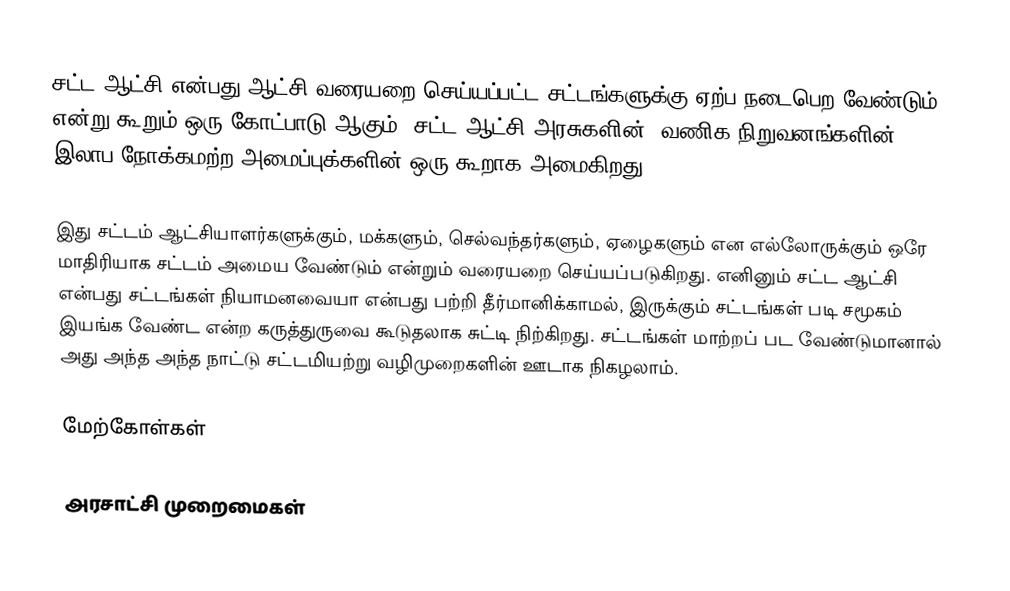
சட்ட ஆட்சி என்பது ஆட்சி வரையறை செய்யப்பட்ட சட்டங்களுக்கு ஏற்ப நடைபெற வேண்டும் என்று கூறும் ஒரு கோட்பாடு ஆகும்.  சட்ட ஆட்சி அரசுகளின், வணிக நிறுவனங்களின், இலாப நோக்கமற்ற அமைப்புக்களின் ஒரு கூறாக அமைகிறது.

இது சட்டம் ஆட்சியாளர்களுக்கும், மக்களும், செல்வந்தர்களும், ஏழைகளும் என எல்லோருக்கும் ஒரே மாதிரியாக சட்டம் அமைய வேண்டும் என்றும் வரையறை செய்யப்படுகிறது.  எனினும் சட்ட ஆட்சி என்பது சட்டங்கள் நியாமனவையா என்பது பற்றி தீர்மானிக்காமல், இருக்கும் சட்டங்கள் படி சமூகம் இயங்க வேண்ட என்ற கருத்துருவை கூடுதலாக சுட்டி நிற்கிறது.  சட்டங்கள் மாற்றப் பட வேண்டுமானால் அது அந்த அந்த நாட்டு சட்டமியற்று வழிமுறைகளின் ஊடாக நிகழலாம்.

மேற்கோள்கள்

அரசாட்சி முறைமைகள்